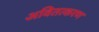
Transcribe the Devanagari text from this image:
अवितत्करण